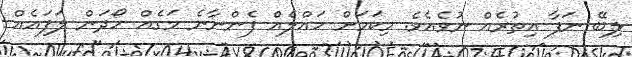
ލިބޭ ނަފާ އިތުރެއް ނުވެއެވެ. މިކަމަށް ހައްލެއް ފެންނާނެ މަގެއް ހޯދަން ލަފައެއް